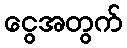
ငွေအတွက်